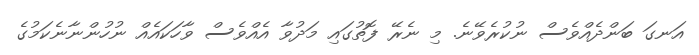
އަނގަ ބަންދެއްވެސް ނުކުރެވޭނެ. މި ނެރޭ ފޮތުގައި މަދުވާ އެއްވެސް ވާހަކައެއް ނުހުންނާނެކަމުގެ